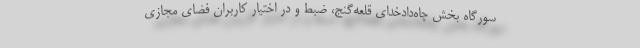
سورگاه بخش چاه‌دادخدای قلعه‌گنج، ضبط و در اختیار کاربران فضای مجازی